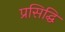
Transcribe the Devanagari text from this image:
प्रसिद्घि